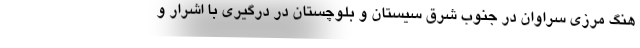
هنگ مرزی سراوان در جنوب شرق سیستان و بلوچستان در درگیری با اشرار و